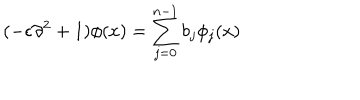
LaTeX: ( - \epsilon \partial ^ { 2 } + 1 ) \phi ( x ) = \sum _ { j = 0 } ^ { n - 1 } b _ { j } \phi _ { j } ( x )